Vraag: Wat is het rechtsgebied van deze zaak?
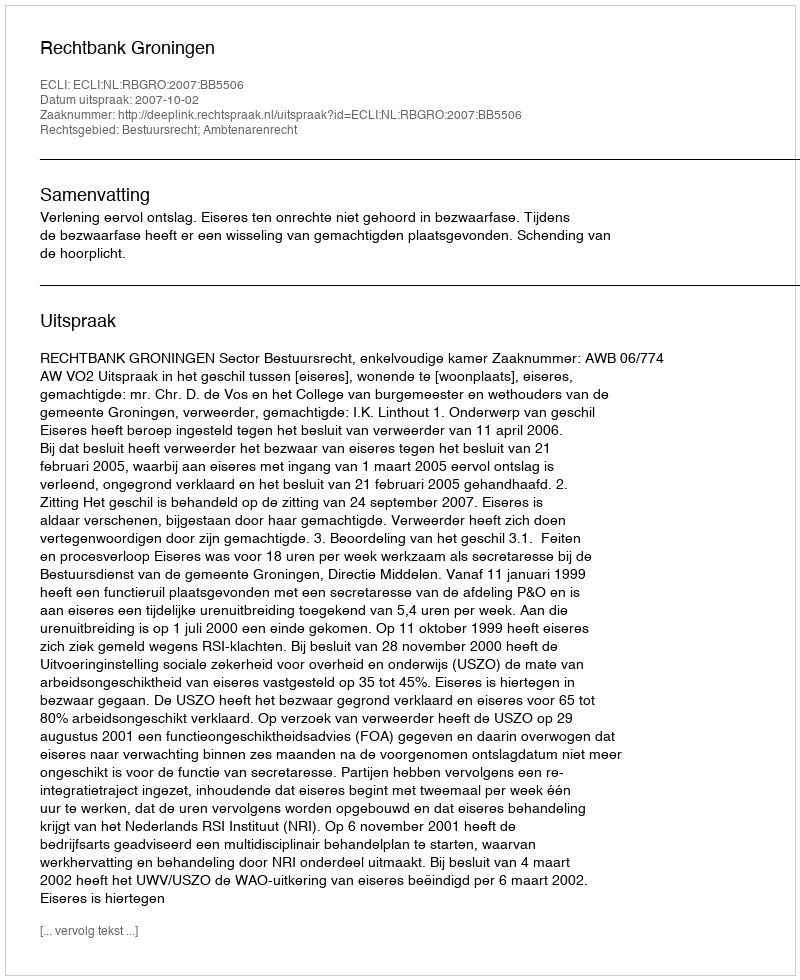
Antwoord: Bestuursrecht; Ambtenarenrecht